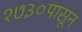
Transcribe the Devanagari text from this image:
१७३०पासून